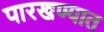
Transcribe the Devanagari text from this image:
पारखण्यात